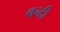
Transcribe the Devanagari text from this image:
बन्‍दी